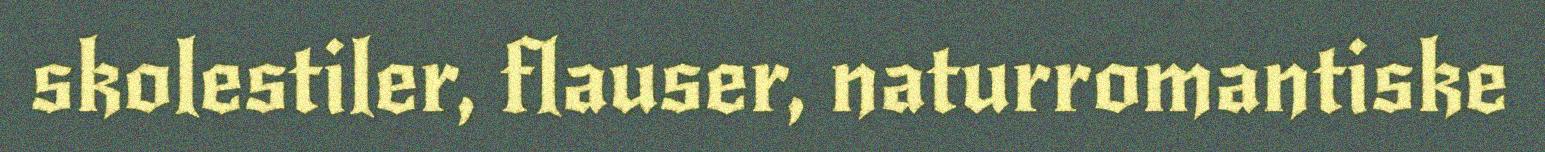
skolestiler, flauser, naturromantiske